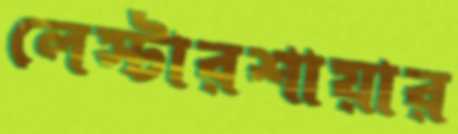
লেস্টারশায়ার